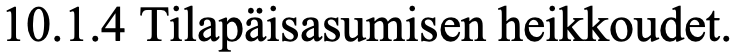
10.1.4 Tilapäisasumisen heikkoudet.